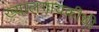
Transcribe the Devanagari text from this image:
ख्यालगायकीची